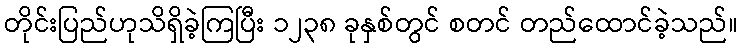
တိုင်းပြည်ဟုသိရှိခဲ့ကြပြီး ၁၂၃၈ ခုနှစ်တွင် စတင် တည်ထောင်ခဲ့သည်။